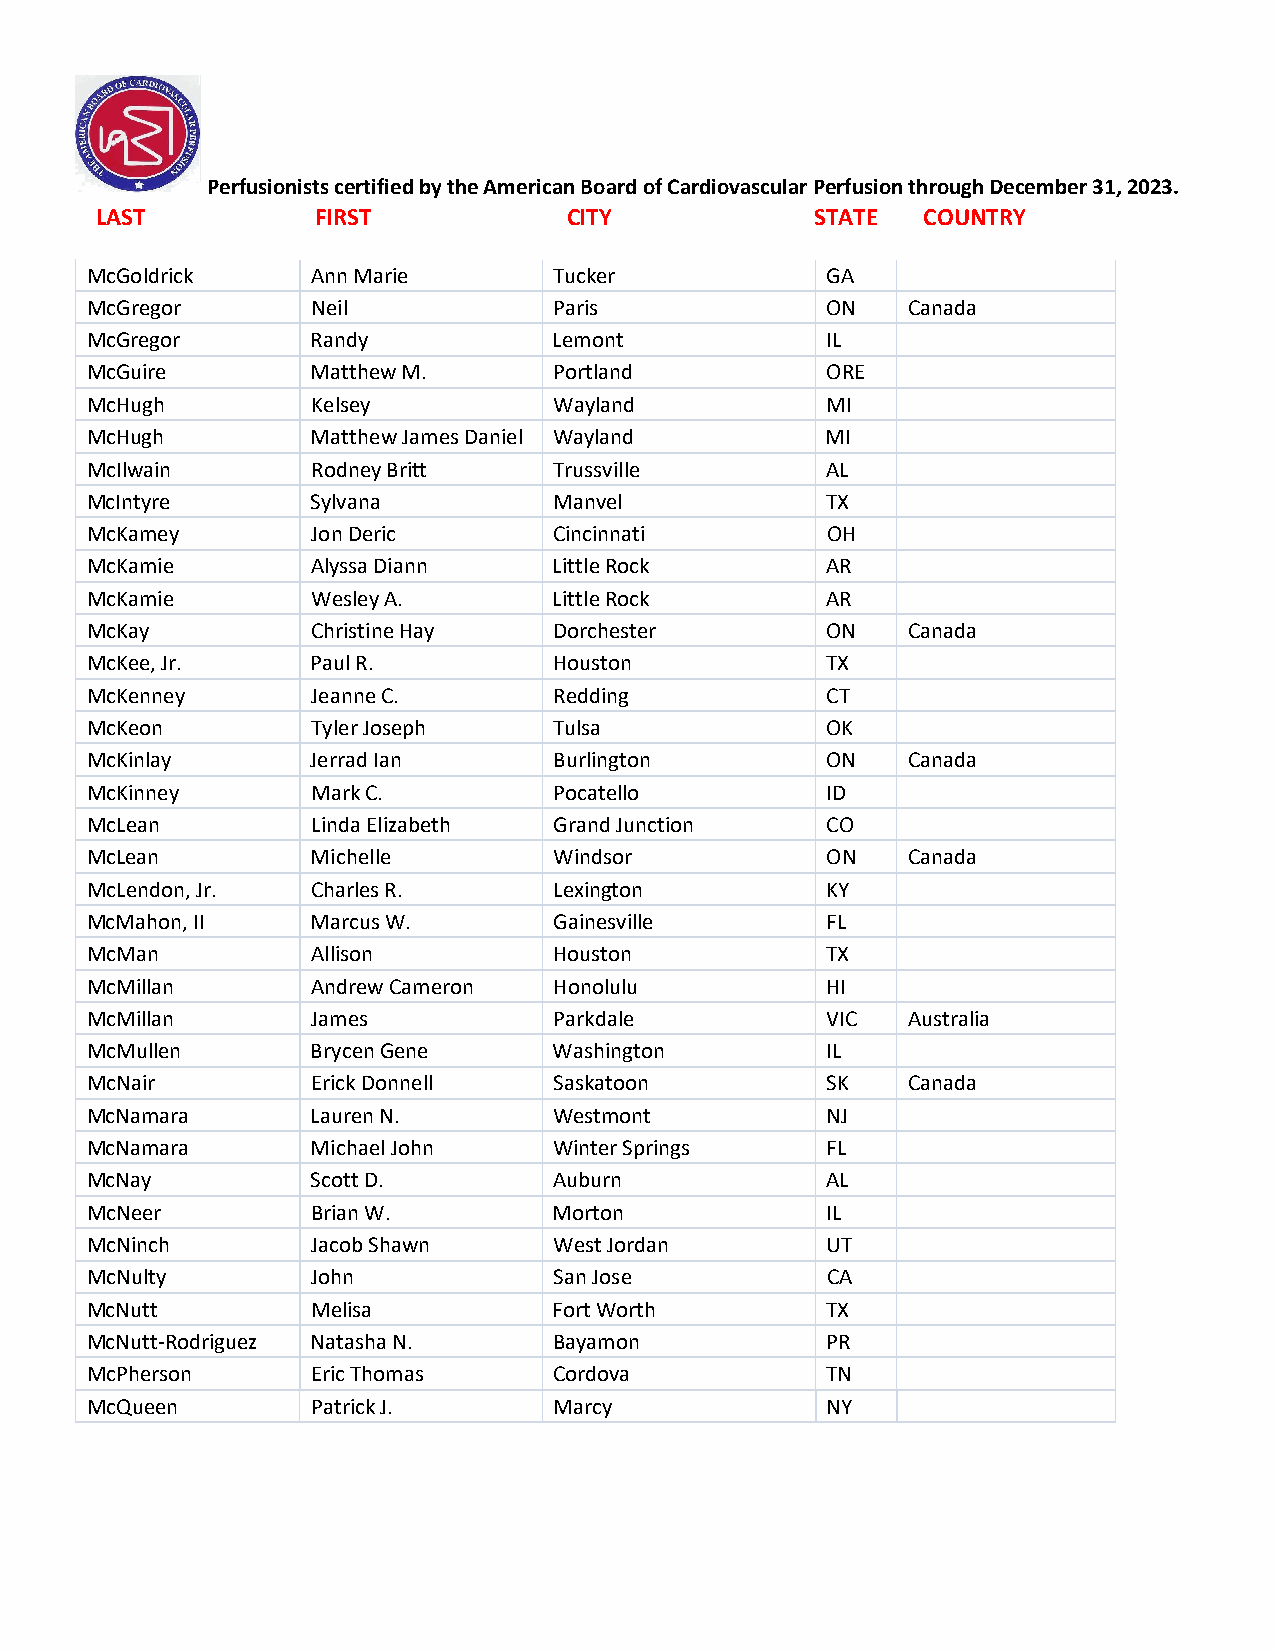
Perfusionists certified by the American Board of Cardiovascular Perfusion through December 31, 2023.
 LAST           FIRST            CITY            STATE  COUNTRY
 McGoldrick     Ann Marie       Tucker            GA
 McGregor       Neil            Paris             ON   Canada
 McGregor       Randy           Lemont            IL
 McGuire        Matthew M.      Portland          ORE
 McHugh         Kelsey          Wayland           MI
 McHugh         Matthew James Daniel Wayland      MI
 McIlwain       Rodney Britt    Trussville        AL
 McIntyre       Sylvana         Manvel            TX
 McKamey        Jon Deric       Cincinnati        OH
 McKamie        Alyssa Diann    Little Rock       AR
 McKamie        Wesley A.       Little Rock       AR
 McKay          Christine Hay   Dorchester        ON   Canada
 McKee, Jr.     Paul R.         Houston           TX
 McKenney       Jeanne C.       Redding           CT
 McKeon         Tyler Joseph    Tulsa             OK
 McKinlay       Jerrad Ian      Burlington        ON   Canada
 McKinney       Mark C.         Pocatello         ID
 McLean         Linda Elizabeth Grand Junction    CO
 McLean         Michelle        Windsor           ON   Canada
 McLendon, Jr.  Charles R.      Lexington         KY
 McMahon, II    Marcus W.       Gainesville       FL
 McMan          Allison         Houston           TX
 McMillan       Andrew Cameron  Honolulu          HI
 McMillan       James           Parkdale          VIC  Australia
 McMullen       Brycen Gene     Washington        IL
 McNair         Erick Donnell   Saskatoon         SK   Canada
 McNamara       Lauren N.       Westmont          NJ
 McNamara       Michael John    Winter Springs    FL
 McNay          Scott D.        Auburn            AL
 McNeer         Brian W.        Morton            IL
 McNinch        Jacob Shawn     West Jordan       UT
 McNulty        John            San Jose          CA
 McNutt         Melisa          Fort Worth        TX
 McNutt-Rodriguez Natasha N.    Bayamon           PR
 McPherson      Eric Thomas     Cordova           TN
 McQueen        Patrick J.      Marcy             NY